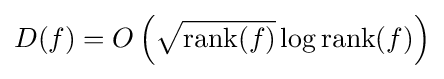
D(f)=O\left({\sqrt {\operatorname {rank} (f)}}\log \operatorname {rank} (f)\right)